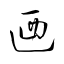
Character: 廼